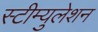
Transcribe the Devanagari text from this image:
स्टीम्युलेशन